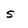
Character: 5